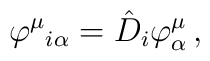
\varphi^{\mu}{}_{i\alpha}=\hat{D}_{i}\varphi^{\mu}_{\alpha}\,,